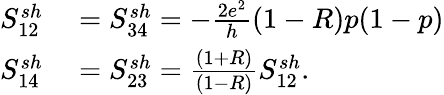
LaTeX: \begin{array}{rl}{{S_{12}^{sh}}}&{{}=S_{34}^{sh}=-\frac{2e^{2}}{h}(1-R)p(1-p)}\\ {{S_{14}^{sh}}}&{{}=S_{23}^{sh}=\frac{(1+R)}{(1-R)}S_{12}^{sh}.}\end{array}